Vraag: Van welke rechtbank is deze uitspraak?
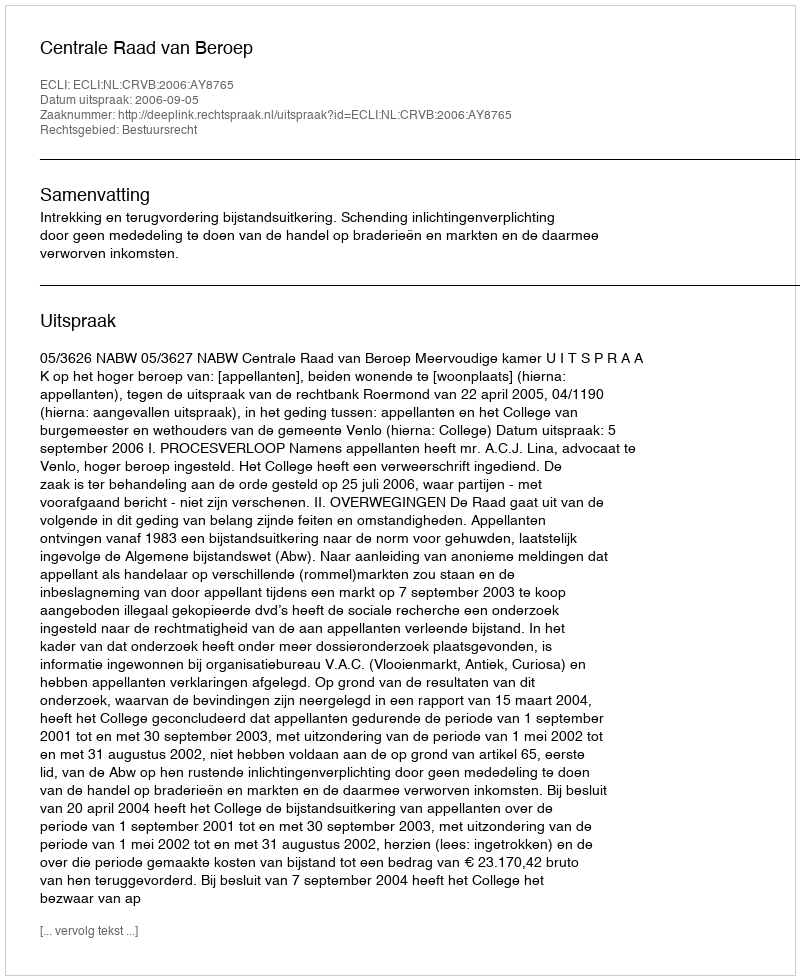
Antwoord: Centrale Raad van Beroep